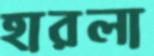
হারলা